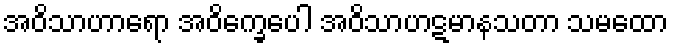
အဝိသာဟာရော အဝိက္ခေပေါ အဝိသာဟဋမာနသတာ သမထော